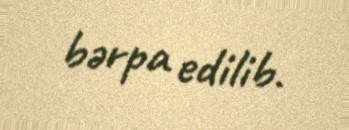
bərpa edilib.